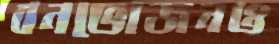
বনভোজনও